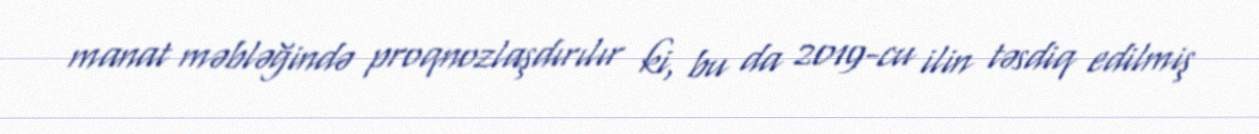
manat məbləğində proqnozlaşdırılır ki, bu da 2019-cu ilin təsdiq edilmiş